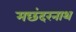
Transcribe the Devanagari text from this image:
मछंदरनाथ